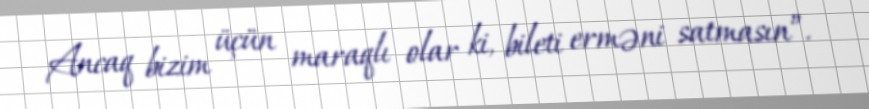
Ancaq bizim üçün maraqlı olar ki, bileti erməni satmasın”.